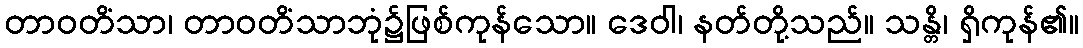
တာဝတိံသာ၊ တာဝတိံသာဘုံ၌ဖြစ်ကုန်သော။ ဒေဝါ၊ နတ်တို့သည်။ သန္တိ၊ ရှိကုန်၏။